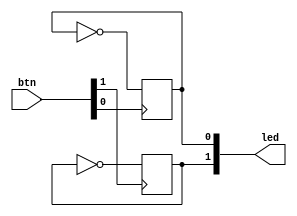
`timescale 1ns / 1ps


//////////////////////////////////////////////////////////////////////////////////
module led_toggle(btn,led);
input [1:0] btn;
output reg [1:0] led;
always@(posedge btn[0])
	led[0]=~led[0];
always@(posedge btn[1])
	led[1]=~led[1];

endmodule